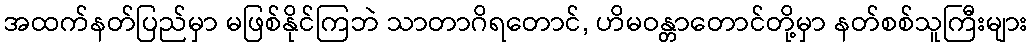
အထက်နတ်ပြည်မှာ မဖြစ်နိုင်ကြဘဲ သာတာဂိရတောင်, ဟိမဝန္တာတောင်တို့မှာ နတ်စစ်သူကြီးများ